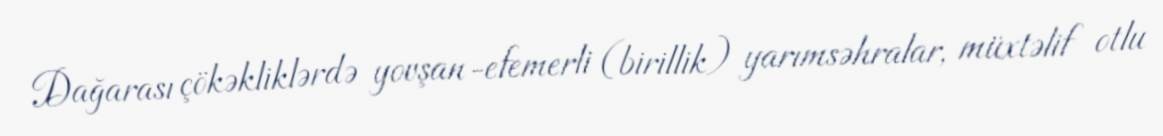
Dağarası çökəkliklərdə yovşan-efemerli (birillik) yarımsəhralar, müxtəlif otlu